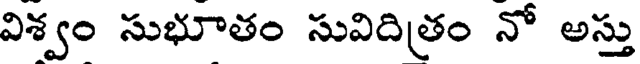
విశ్వం సుభూతం సువిదిత్రం నో అస్తు